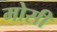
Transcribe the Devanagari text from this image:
मोसी